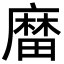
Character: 𪎟